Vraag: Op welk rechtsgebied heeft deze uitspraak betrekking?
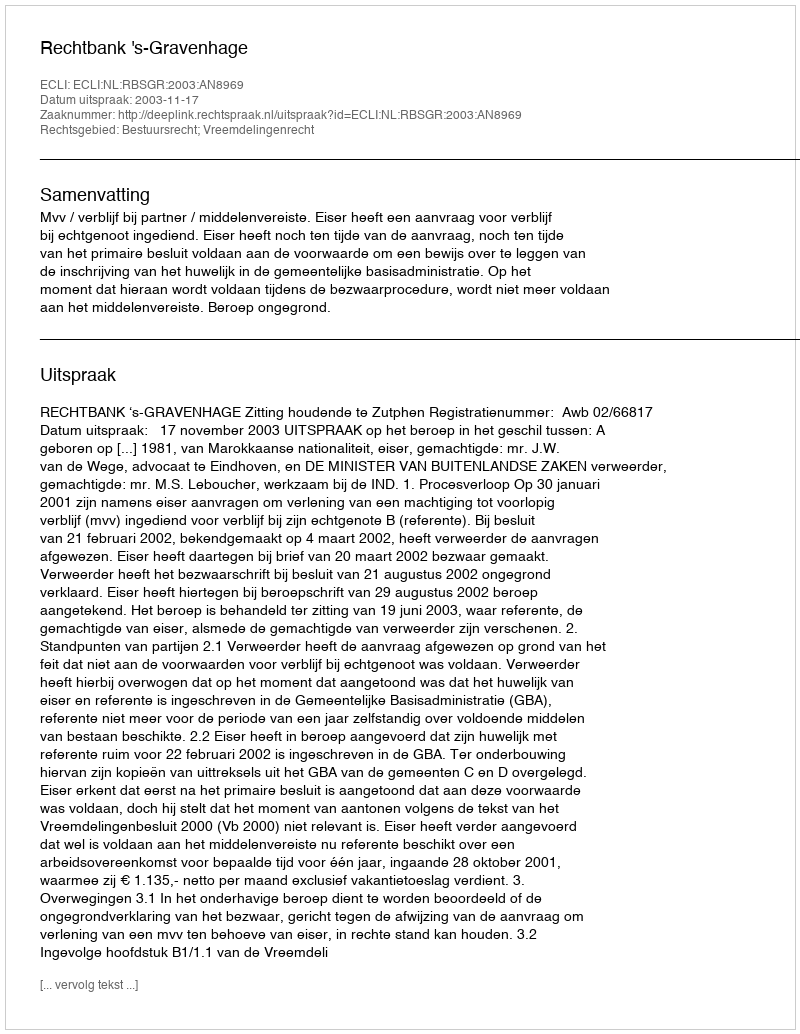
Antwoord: Bestuursrecht; Vreemdelingenrecht